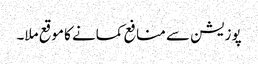
پوزیشن سے منافع کمانے کا موقع ملا۔